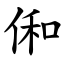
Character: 俰